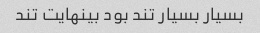
بسیار بسیار تند بود بینهایت تند